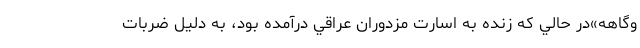
وگاهه»در حالي كه زنده به اسارت مزدوران عراقي درآمده بود، به دليل ضربات